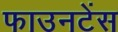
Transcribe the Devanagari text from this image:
फाउनटेंस